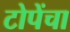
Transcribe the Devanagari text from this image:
टोपेंचा